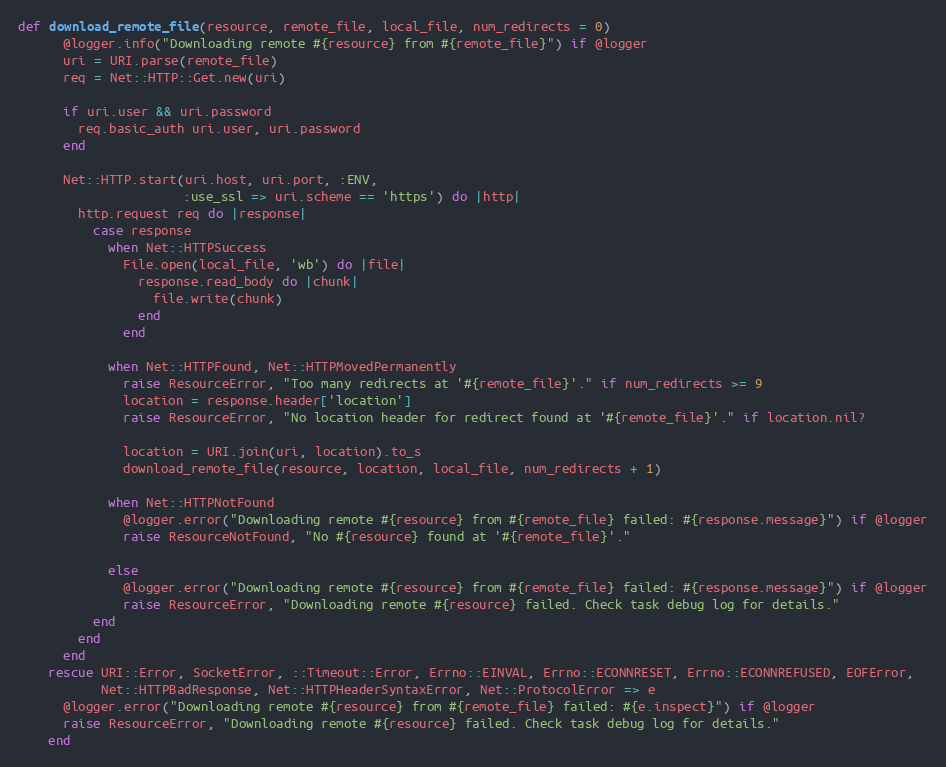
Language: Ruby
def download_remote_file(resource, remote_file, local_file, num_redirects = 0)
      @logger.info("Downloading remote #{resource} from #{remote_file}") if @logger
      uri = URI.parse(remote_file)
      req = Net::HTTP::Get.new(uri)

      if uri.user && uri.password
        req.basic_auth uri.user, uri.password
      end

      Net::HTTP.start(uri.host, uri.port, :ENV,
                      :use_ssl => uri.scheme == 'https') do |http|
        http.request req do |response|
          case response
            when Net::HTTPSuccess
              File.open(local_file, 'wb') do |file|
                response.read_body do |chunk|
                  file.write(chunk)
                end
              end

            when Net::HTTPFound, Net::HTTPMovedPermanently
              raise ResourceError, "Too many redirects at '#{remote_file}'." if num_redirects >= 9
              location = response.header['location']
              raise ResourceError, "No location header for redirect found at '#{remote_file}'." if location.nil?

              location = URI.join(uri, location).to_s
              download_remote_file(resource, location, local_file, num_redirects + 1)

            when Net::HTTPNotFound
              @logger.error("Downloading remote #{resource} from #{remote_file} failed: #{response.message}") if @logger
              raise ResourceNotFound, "No #{resource} found at '#{remote_file}'."

            else
              @logger.error("Downloading remote #{resource} from #{remote_file} failed: #{response.message}") if @logger
              raise ResourceError, "Downloading remote #{resource} failed. Check task debug log for details."
          end
        end
      end
    rescue URI::Error, SocketError, ::Timeout::Error, Errno::EINVAL, Errno::ECONNRESET, Errno::ECONNREFUSED, EOFError,
           Net::HTTPBadResponse, Net::HTTPHeaderSyntaxError, Net::ProtocolError => e
      @logger.error("Downloading remote #{resource} from #{remote_file} failed: #{e.inspect}") if @logger
      raise ResourceError, "Downloading remote #{resource} failed. Check task debug log for details."
    end